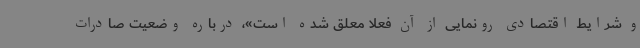
و شرایط اقتصادی رونمایی از آن فعلا معلق شده است»، درباره وضعیت صادرات